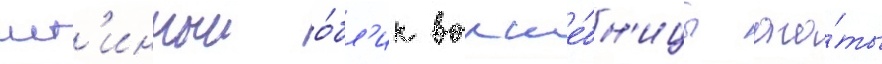
ист'инныи о́бл'ик волше́бн'ицы ага́ты